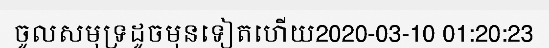
ចូលសមុទ្រដូចមុនទៀតហើយ2020-03-10 01:20:23